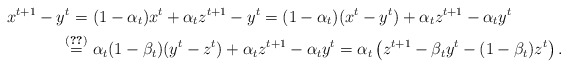
\begin{align*}x^{t+1}-y^t=\ &(1-\alpha_t)x^t+\alpha_tz^{t+1}-y^t = (1-\alpha_t)(x^t-y^t)+\alpha_tz^{t+1}-\alpha_t y^t\\\overset{\eqref{l2-e2}}{=}\ &\alpha_t(1-\beta_t)(y^t-z^t)+\alpha_tz^{t+1}-\alpha_t y^t= \alpha_t\left(z^{t+1}-\beta_t y^t - (1-\beta_t)z^t\right). \end{align*}